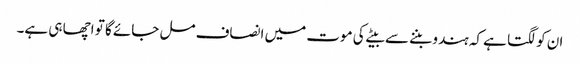
ان کو لگتا ہے کہ ہندو بننے سے بیٹے کی موت میں انصاف مل جائے گا تو اچھا ہی ہے۔